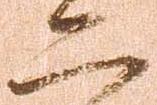
二